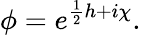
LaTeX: \phi=e^{\frac{1}{2}h+i\chi}.